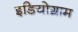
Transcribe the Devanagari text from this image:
इडियोग्राम